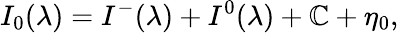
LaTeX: I_{0}(\lambda)=I^{-}(\lambda)+I^{0}(\lambda)+\mathbb{C}+\eta_{0},